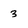
Character: 3